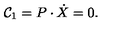
{ \cal C } _ { 1 } = P \cdot \dot { X } = 0 .